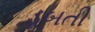
ડૂબતી